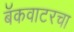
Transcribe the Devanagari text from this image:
बॅकवाटरचा